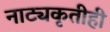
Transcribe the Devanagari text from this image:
नाट्यकृतीही